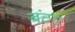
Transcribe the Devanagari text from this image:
बंटा।